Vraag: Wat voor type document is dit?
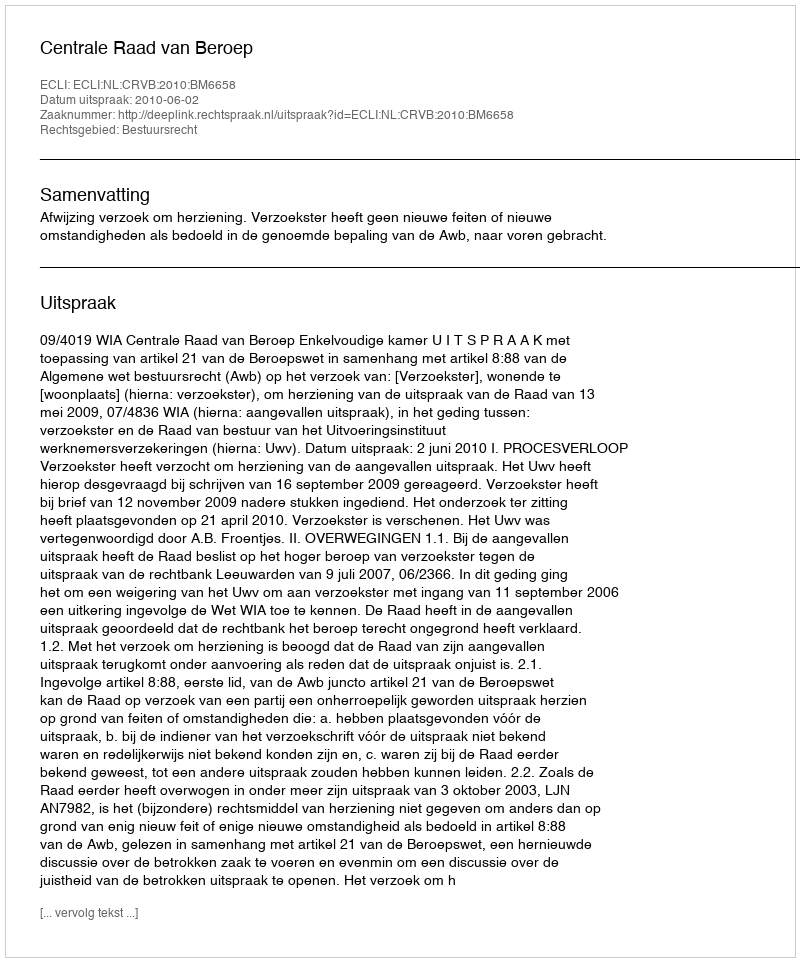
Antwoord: Uitspraak